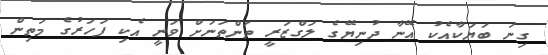
ގިނަ ބަޔަކާއެކު އޭނާ ދުނިޔޭގެ ލަގްޒަރީ ތަންތަނަށް ވަނީ އެކި ފަހަރުގެ މަތިން